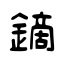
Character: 鏑